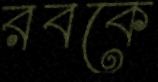
রবকে